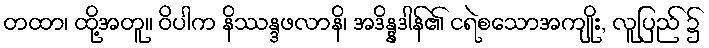
တထာ၊ ထို့အတူ။ ဝိပါက နိဿန္ဒဖလာနိ၊ အဒိန္နဒါန်၏ ငရဲစသောအကျိုး, လူပြည် ၌